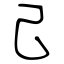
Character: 己